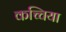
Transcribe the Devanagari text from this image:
कच्चिया